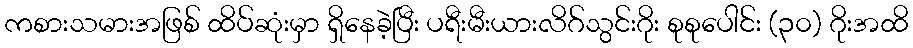
ကစားသမားအဖြစ် ထိပ်ဆုံးမှာ ရှိနေခဲ့ပြီး ပရီးမီးယားလိဂ်သွင်းဂိုး စုစုပေါင်း (၃၀) ဂိုးအထိ